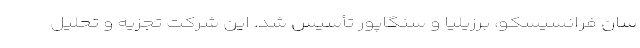
سان فرانسیسکو، برزیلیا و سنگاپور تأسیس شد. این شرکت تجزیه و تحلیل